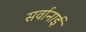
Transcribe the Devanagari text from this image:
सर्वानाई